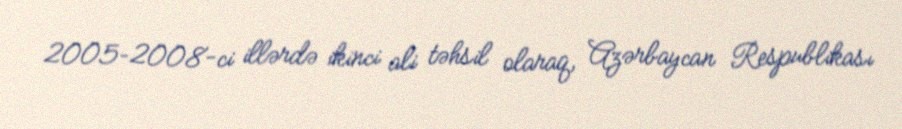
2005–2008-ci illərdə ikinci ali təhsil olaraq, Azərbaycan Respublikası